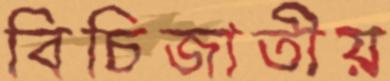
বিচিজাতীয়